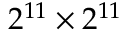
2 ^ { 1 1 } \times 2 ^ { 1 1 }